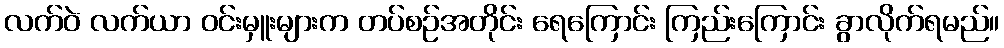
လက်ဝဲ လက်ယာ ဝင်းမှူးများက တပ်စဉ်အတိုင်း ရေကြောင်း ကြည်းကြောင်း ခွာလိုက်ရမည်။